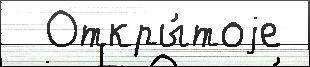
  Откры́тоjе